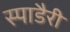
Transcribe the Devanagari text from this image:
स्पाडैरी